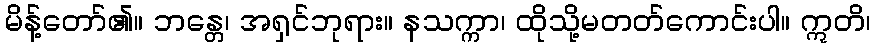
မိန့်တော်၏။ ဘန္တေ၊ အရှင်ဘုရား။ နသက္ကာ၊ ထိုသို့မတတ်ကောင်းပါ။ ဣတိ၊